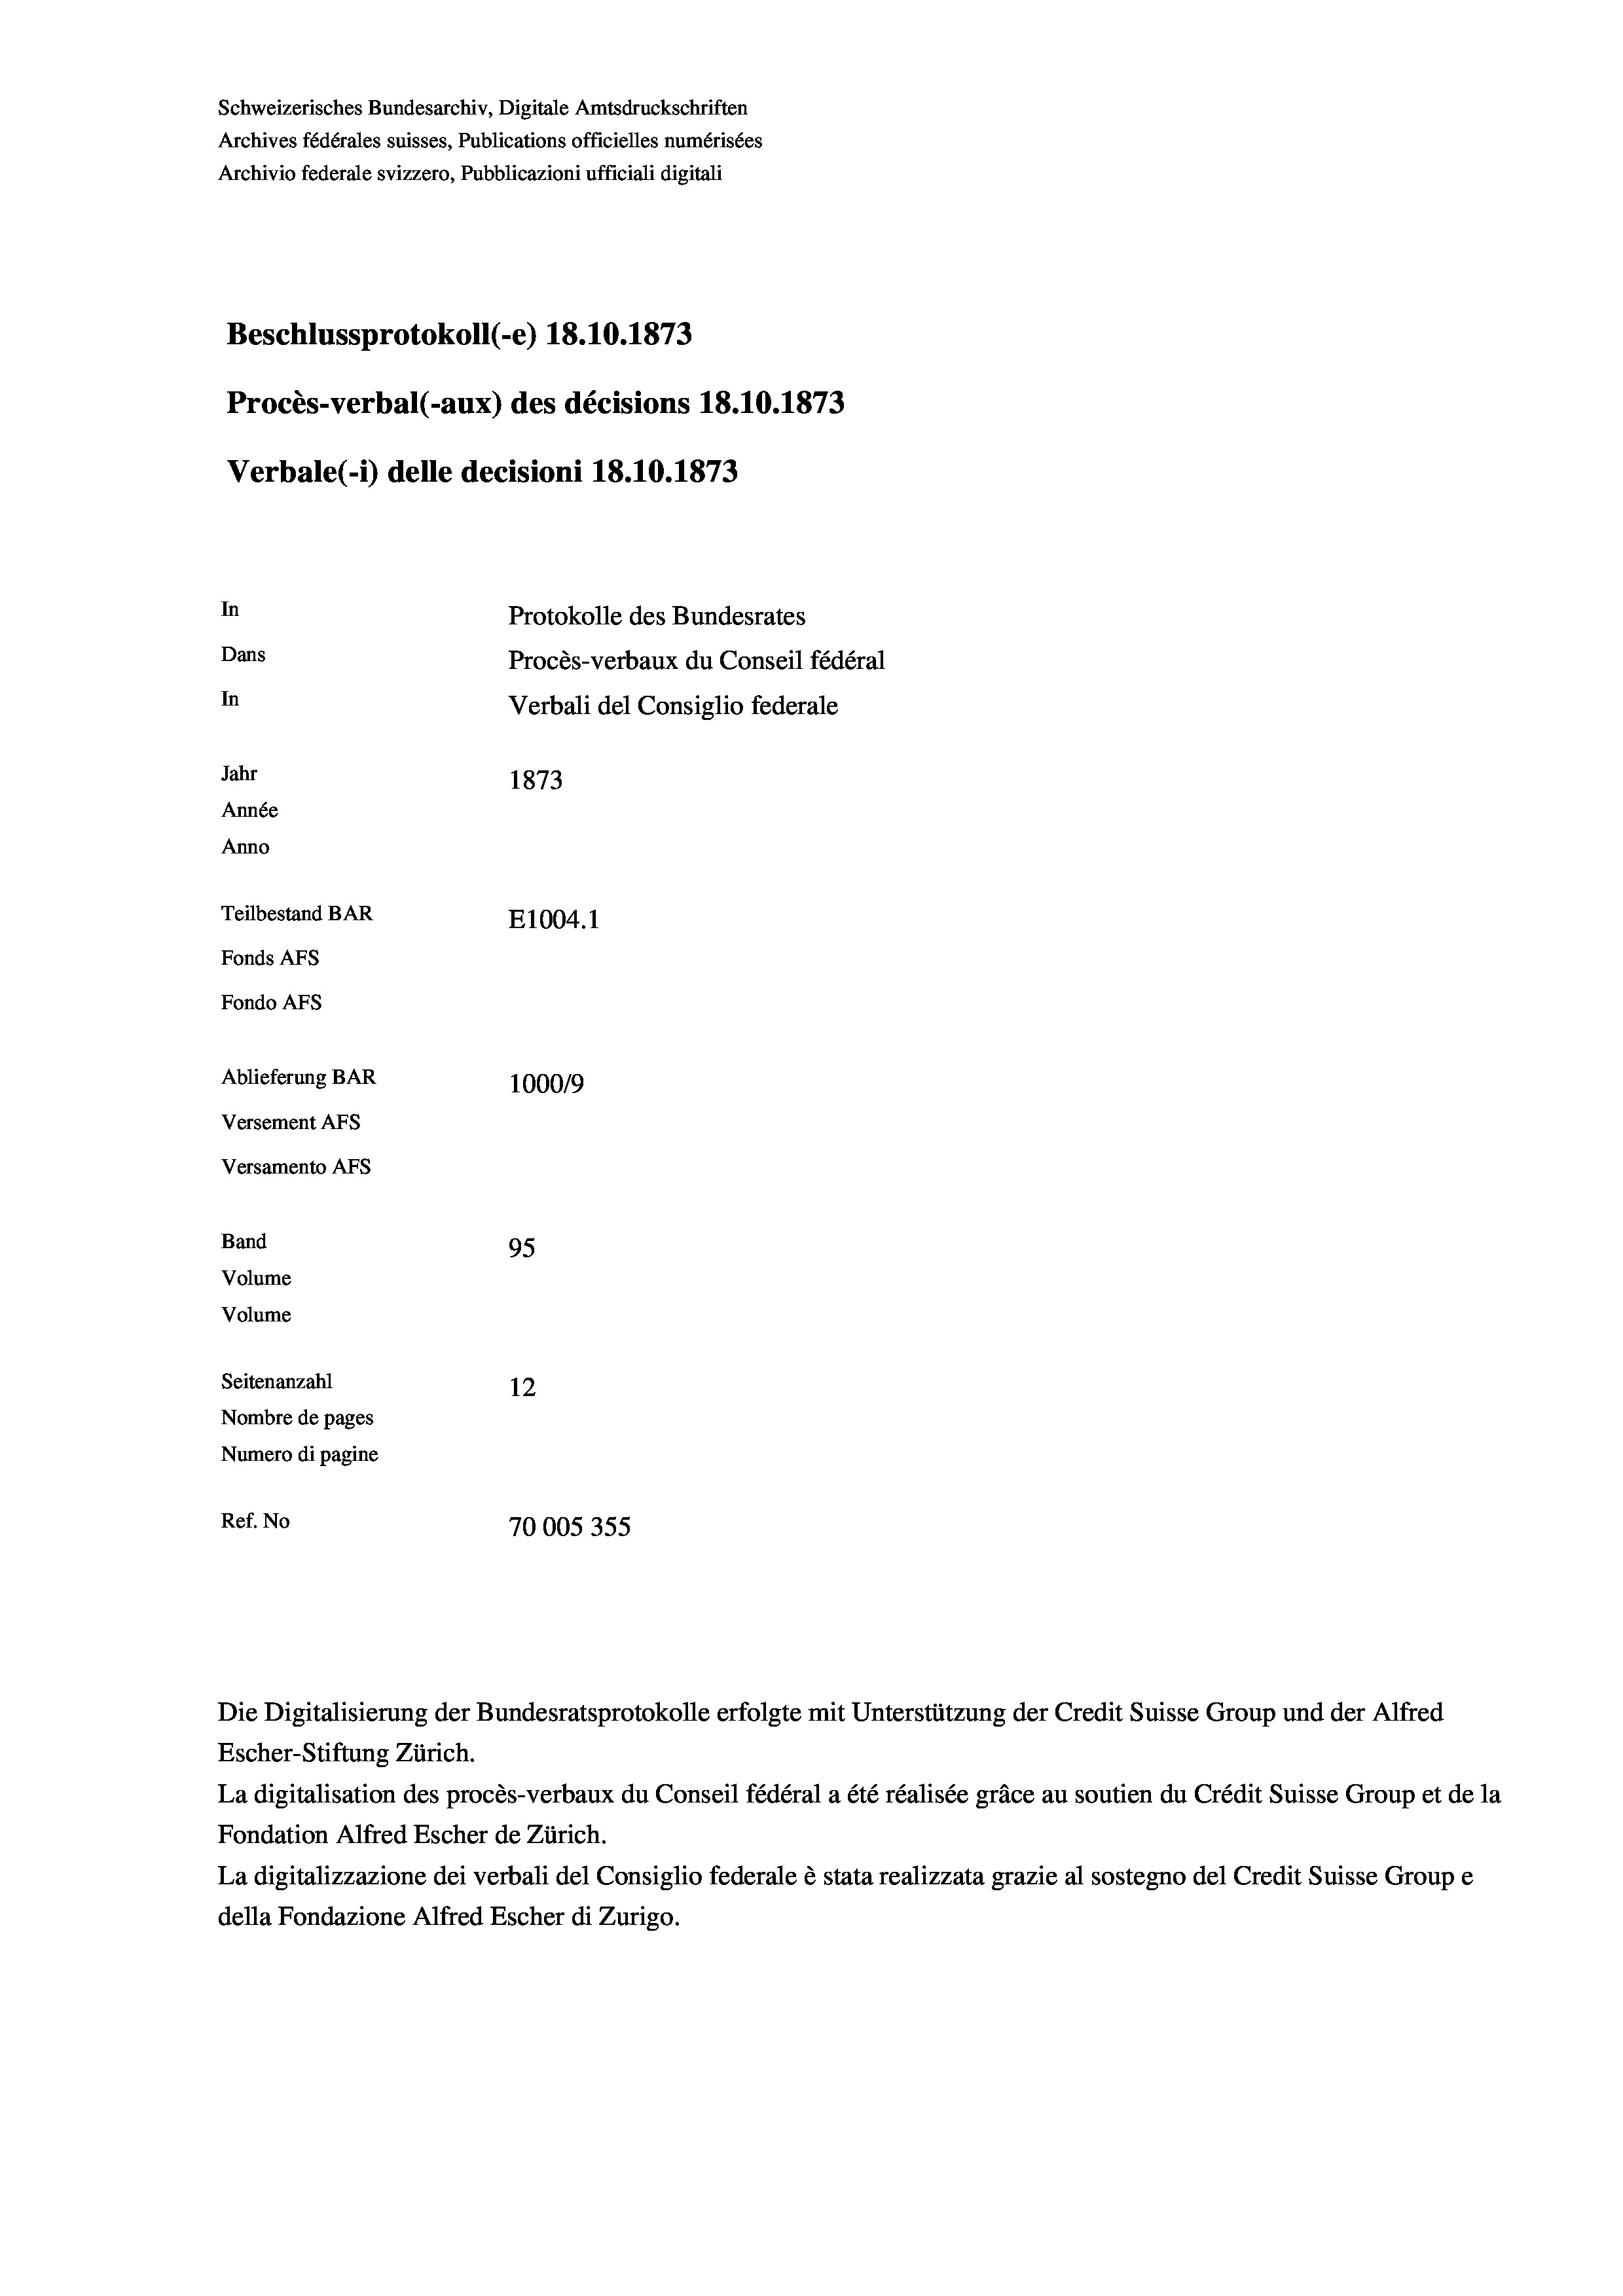
Schweizerisches Bundesarchiv, Digitale Amtsdruckschriften
Archives fédérales suisses, Publications officielles numérisées
Archivio federale svizzero, Pubblicazioni ufficiali digitali
Beschlussprotokoll (-e) 18.10.1873
Procès-verbal (-aux) des décisions 18.10.1873
Verbale(-*) delle decisioni 18.10.1873
In
Protokolle des Bundesrates
Dans
Procès-verbaux du Conseil fédéral
In
Verbali del Consiglio federale
Jahr
1873
Année
Anno
Teilbestand BAR
E1004. 1
Fonds Afs
Fondo AFs
Ablieferung BAR
100019
Versement Abs
Versamento Afs
Band
95
Volume
Volume
Seitenanzahl
12
Nombre de pages
Numero di pagine
Ref. No
70005355

Escher-Stiftung Zürich.
La digitalisation des procès-verbaux du Conseil fédéral a été réalisée gräce au soutien du Crédit Suisse Group et de la
Fondation Alfred Escher de Zürich.
La digitalizzazione dei verbali del Consiglio federale è stata realizzata grazie al sostegno del Credit Suisse Groupe
della Fondazione Alfred Escher di Zurigo.

Die Digitalisierung der Bundesratsprotokolle erfolgte mit Unterstützung der Credit Suisse Group und der Alfred